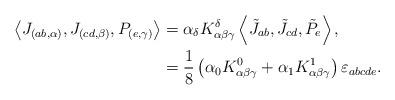
LaTeX: \begin{align*}\left\langle J_{(ab,\alpha)},J_{(cd,\beta)},P_{(e,\gamma)}\right\rangle &=\alpha_{\delta}K_{\alpha\beta\gamma}^{\delta}\left\langle \tilde{J}_{ab},\tilde{J}_{cd},\tilde{P}_{e}\right\rangle ,\\& =\frac{1}{8}\left( \alpha_{0}K_{\alpha\beta\gamma}^{0}+\alpha_{1}K_{\alpha\beta\gamma}^{1}\right) \varepsilon_{abcde}. \end{align*}